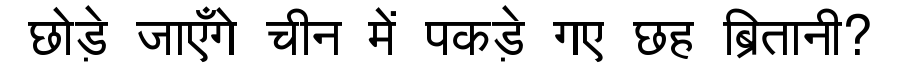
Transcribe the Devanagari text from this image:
छोड़े जाएँगे चीन में पकड़े गए छह ब्रितानी?